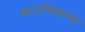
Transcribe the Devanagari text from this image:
काउन्सिलाचा